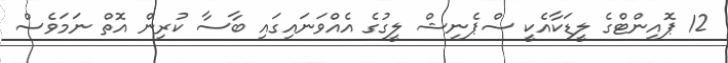
12 ޕޮއިންޓްގެ ލީޑަކާއެކީ ސްޕެނިޝް ލީގުގެ އެއްވަނައިގައި ބާސާ ކުރިން އޮތް ނަމަވެސް